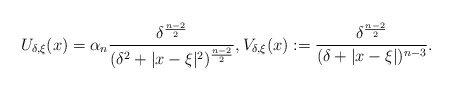
\begin{align*}U_{\delta,\xi}(x)=\alpha_n \frac{\delta^{\frac{n-2}{2}}}{(\delta^2+|x-\xi|^2)^{\frac{n-2}{2}}}, V_{\delta,\xi}(x):=\frac{\delta^\frac{n-2}{2}}{(\delta+|x-\xi|)^{n-3}}.\end{align*}